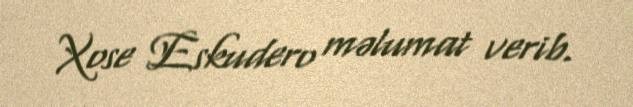
Xose Eskudero məlumat verib.